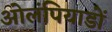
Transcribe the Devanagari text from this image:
ओलंपियाडों